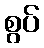
စွပ်